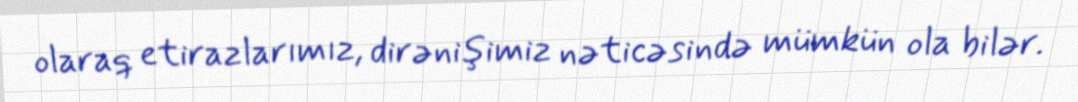
olaraq etirazlarımız, dirənişimiz nəticəsində mümkün ola bilər.